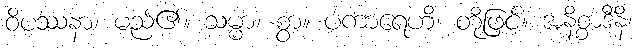
ဝိပဿနာ၊ မည်၏။ သမ္မာ၊ စွာ။ ပကာရေဟိ၊ တို့ဖြင့်။ အနိစ္စာဒီနိ၊